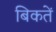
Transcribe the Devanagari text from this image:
बिकतें